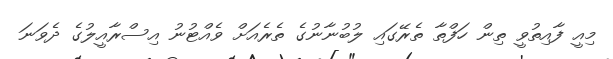
މިއީ ފާއިތުވީ ތިން ހަފްތާ ތެރޭގައި ލުބުނާނުގެ ތެރެއަށް ވެއްޓުނު އިސްރާއީލުގެ ދެވަނަ